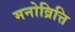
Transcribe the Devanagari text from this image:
मनोव्रित्ति